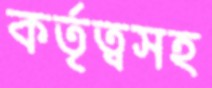
কর্তৃত্বসহ